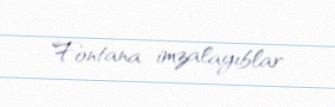
Fontana imzalayıblar.